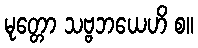
မုတ္တော သဗ္ဗဘယေဟိ စ။